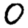
Digit: 0